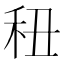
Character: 𥝦